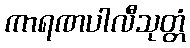
ကာရဏပါလီသုတ္တံ